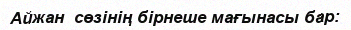
Айжан  сөзінің бірнеше мағынасы бар: